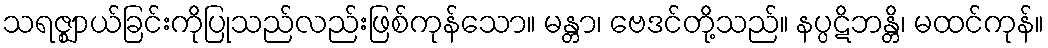
သရဇ္ဈာယ်ခြင်းကိုပြုသည်လည်းဖြစ်ကုန်သော။ မန္တာ၊ ဗေဒင်တို့သည်။ နပ္ပဋိဘန္တိ၊ မထင်ကုန်။